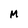
Character: M